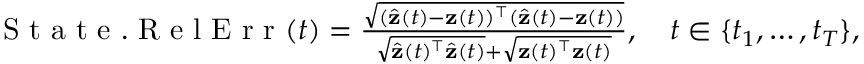
\begin{array} { r } { \mathrm { ~ S ~ t ~ a ~ t ~ e ~ . ~ R ~ e ~ l ~ E ~ r ~ r ~ } ( t ) = \frac { \sqrt { ( \hat { \mathbf { z } } ( t ) - \mathbf { z } ( t ) ) ^ { \top } ( \hat { \mathbf { z } } ( t ) - \mathbf { z } ( t ) ) } } { \sqrt { \hat { \mathbf z } ( t ) ^ { \top } \hat { \mathbf z } ( t ) } + \sqrt { \mathbf z ( t ) ^ { \top } \mathbf z ( t ) } } , \quad t \in \{ t _ { 1 } , \ldots , t _ { T } \} , } \end{array}